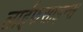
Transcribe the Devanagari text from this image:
लाईफसाइन्स